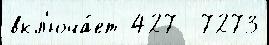
вкл'юча́ет 427  7273